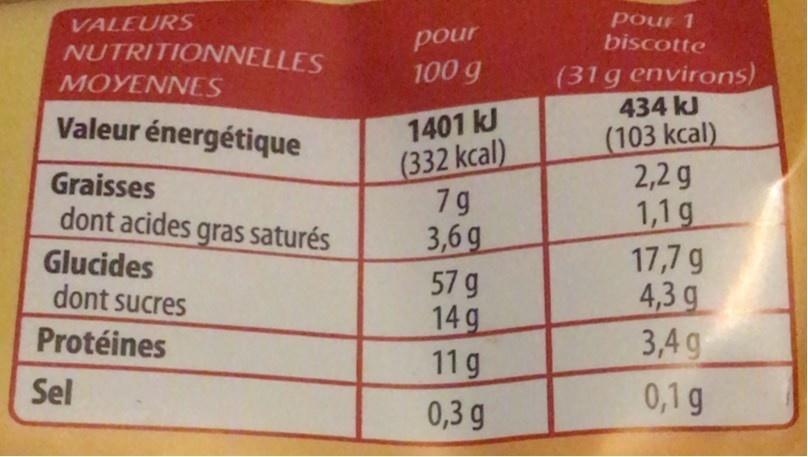
pour 1 biscotte
VALEURS
NUTRITIONNELLES
pour
100 g
(31g environs) 434 kJ
MOYENNES
1401 kJ (332 kcal) 7g 3,6 g 57 g 14 g 11g
Valeur énergétique
(103 kcal) 2,2 g 1,1 g 17,7 g 4,3 g 3,4 g
Graisses
dont acides gras saturés
Glucides dont sucres
Protéines
Sel
0,1 g
0,3 g